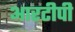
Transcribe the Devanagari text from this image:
आरटीपी